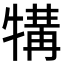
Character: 𪺱